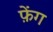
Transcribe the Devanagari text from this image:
फ़ेंग